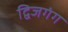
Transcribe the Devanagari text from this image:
द्विजगंग